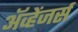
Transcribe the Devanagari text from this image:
ॲव्हेंजर्स